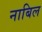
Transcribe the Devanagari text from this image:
नाबिल